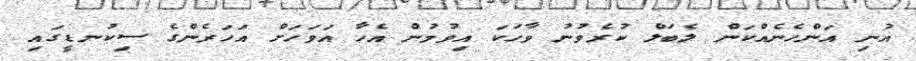
އުނި އަންހެނެއްކަން ލެބަލް ކުރެވުނު ވާހަކަ އިވުމުން އެހާ އަވަހަށް އަހަރެންގެ ސިކުނޑީގައި